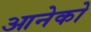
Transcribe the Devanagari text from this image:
आनेको